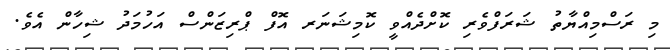
މި ރަސްމިއްޔާތު ޝަރަފްވެރި ކޮށްދެއްވީ ކޮމިޝަނަރ އޮފް ޕްރިޒަންސް އަހުމަދު ޝިހާން އެވެ.